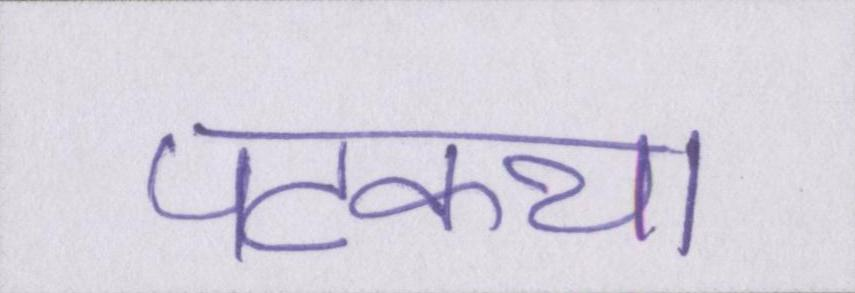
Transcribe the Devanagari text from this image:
पटकथा